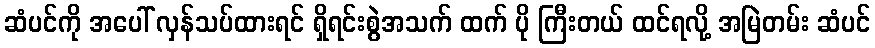
ဆံပင်ကို အပေါ် လှန်သပ်ထားရင် ရှိရင်းစွဲအသက် ထက် ပို ကြီးတယ် ထင်ရလို့ အမြဲတမ်း ဆံပင်